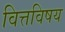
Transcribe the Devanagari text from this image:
वित्तविषय